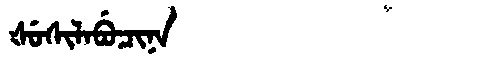
Manchu: ᡧᡠᠰᡳᠯᠠᠪᡠᠴᡳᠨᠠ
Romanization: ŠUSILABUCINA